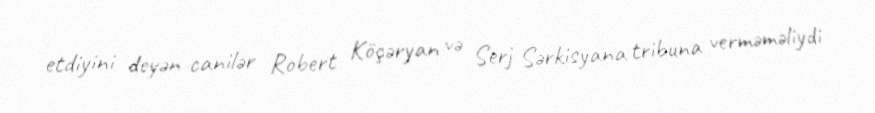
etdiyini deyən canilər Robert Köçəryan və Serj Sərkisyana tribuna verməməliydi